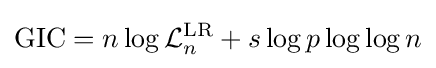
{\text{GIC}}=n\log {\mathcal {L}}_{n}^{\text{LR}}+s\log p\log \log n